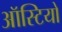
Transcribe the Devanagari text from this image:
ऑस्टियो